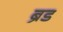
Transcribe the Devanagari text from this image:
ब्रेंड